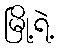
မြို့ရဲ့